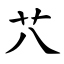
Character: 䒔